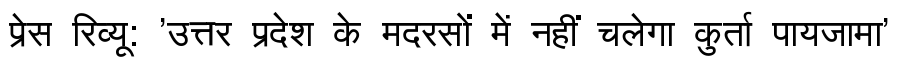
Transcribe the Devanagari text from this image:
प्रेस रिव्यू: 'उत्तर प्रदेश के मदरसों में नहीं चलेगा कुर्ता पायजामा'